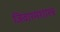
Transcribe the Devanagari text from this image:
जिवाश्मशास्त्र